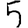
Digit: 5